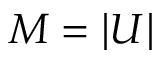
M = | U |